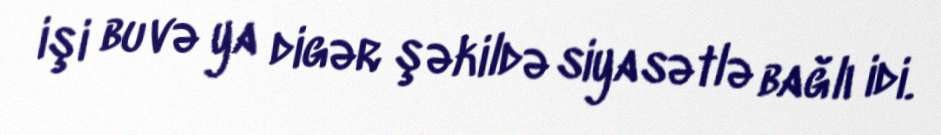
işi bu və ya digər şəkildə siyasətlə bağlı idi.